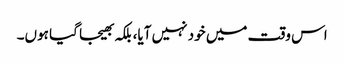
اس وقت میں خود نہیں آیا، بلکہ بھیجا گیا ہوں۔